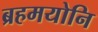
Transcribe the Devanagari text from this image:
ब्रहमयोनि